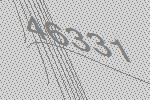
46331